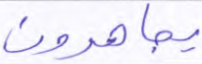
يجاهدون